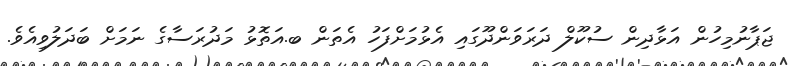
ޖަޕާނުމިހުން އަޅާދިން ސުކޫލް ދަރަވަންދޫގައި އެޅުމަށްފަހު އެތަން ބ.އަތޮޅު މަދުރަސާގެ ނަމަށް ބަދަލުވިއެވެ.